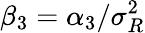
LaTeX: \beta_{3}=\alpha_{3}/\sigma_{R}^{2}